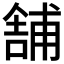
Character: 舗